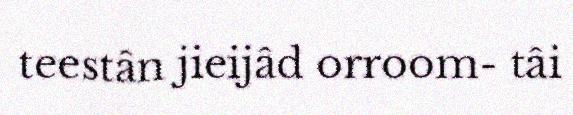
teestân jieijâd orroom- tâi